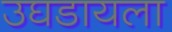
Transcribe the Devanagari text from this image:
उघडायला